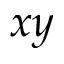
x y